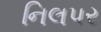
નિલપર